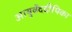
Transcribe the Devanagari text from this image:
आयुर्वेददीपिका